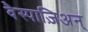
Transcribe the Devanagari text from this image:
वैस्पाज़िअन्